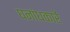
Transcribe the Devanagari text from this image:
घनांधकारें